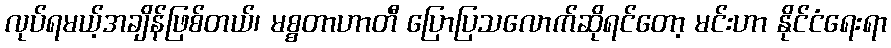
လုပ်ရမယ့်အချိန်ဖြစ်တယ်၊ မစ္စတာဟာတီ ပြောပြသလောက်ဆိုရင်တော့ မင်းဟာ နိုင်ငံရေးရာ